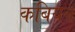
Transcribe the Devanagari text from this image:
कबियन